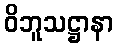
ဝိဘူသဋ္ဌာနာ